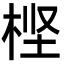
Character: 㭴